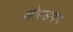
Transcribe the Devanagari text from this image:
ओल्डमन